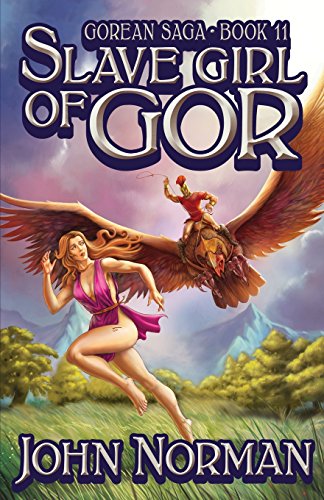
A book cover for Slave Girl of Gor (Gorean Saga); John Norman; Romance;